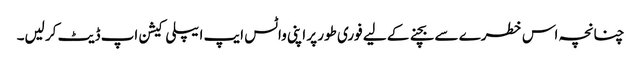
چنانچہ اس خطرے سے بچنے کے لیے فوری طور پر اپنی واٹس ایپ ایپلی کیشن اپ ڈیٹ کر لیں۔